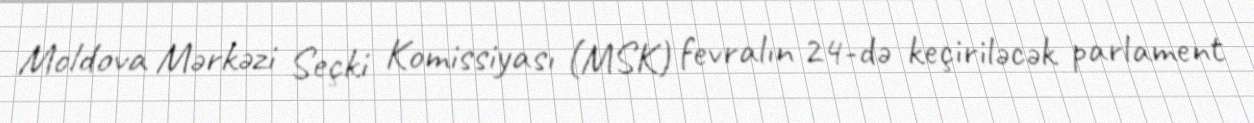
Moldova Mərkəzi Seçki Komissiyası (MSK) fevralın 24-də keçiriləcək parlament